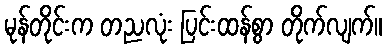
မုန်တိုင်းက တညလုံး ပြင်းထန်စွာ တိုက်လျက်။